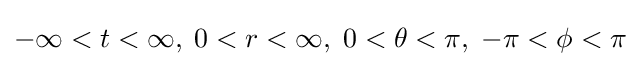
-\infty <t<\infty ,\;0<r<\infty ,\;0<\theta <\pi ,\;-\pi <\phi <\pi